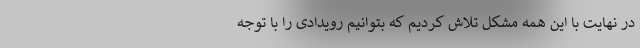
در نهایت با این همه مشکل تلاش کردیم که بتوانیم رویدادی را با توجه